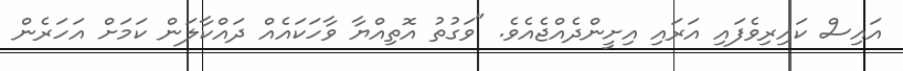
އައިސް ކައިރިވެފައި އަރައި އިށީންދެއްޖެއެވެ. "ވަގުތު އޮތިއްޔާ ވާހަކައެއް ދައްކާލަން ކަމަށް އަހަރެން